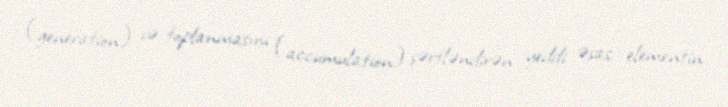
(generation) və toplanmasını (accumulation) şərtləndirən yeddi əsas elementin